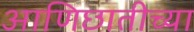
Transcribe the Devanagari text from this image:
आणिछातीच्या